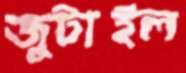
জুটাইল